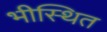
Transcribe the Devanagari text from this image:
भीस्थित